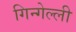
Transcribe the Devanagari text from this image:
गिन्गेल्ली